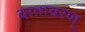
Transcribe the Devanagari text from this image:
वातावरण्